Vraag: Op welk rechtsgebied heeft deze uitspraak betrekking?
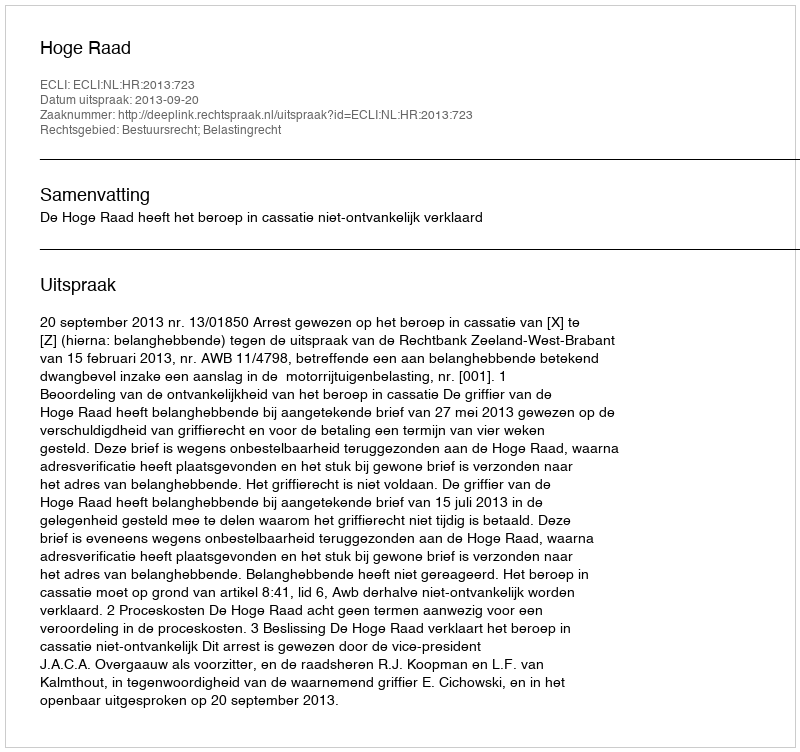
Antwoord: Bestuursrecht; Belastingrecht